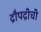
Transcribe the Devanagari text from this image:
द्रौपद्रीची